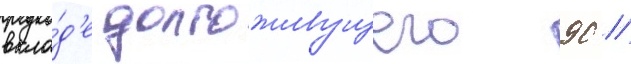
вкла́д'е долгоживущего 90 //